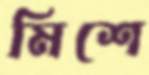
মিশে